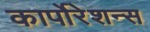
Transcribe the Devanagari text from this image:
कार्पोरेशन्स